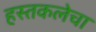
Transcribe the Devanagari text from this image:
हस्तकलेचा